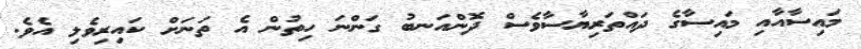
މައިސާއާއި މައިސާގެ ދައްތަރިޔާސާވެސް ދޮންއަނބު ގަންނަ ހިތުން އެ ތަނަށް ކައިރިވެލި އެވެ.